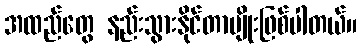
အထည်တွေ နည်းသွားနိုင်တာမျိုးဖြစ်ပါတယ်။